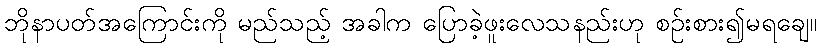
ဘိုနာပတ်အကြောင်းကို မည်သည့် အခါက ပြောခဲ့ဖူးလေသနည်းဟု စဉ်းစား၍မရချေ။